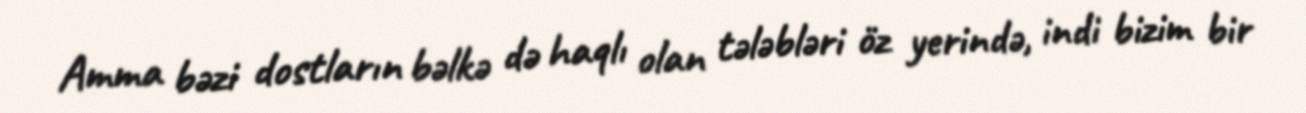
Amma bəzi dostların bəlkə də haqlı olan tələbləri öz yerində, indi bizim bir